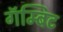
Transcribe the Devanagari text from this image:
गॅम्बिट